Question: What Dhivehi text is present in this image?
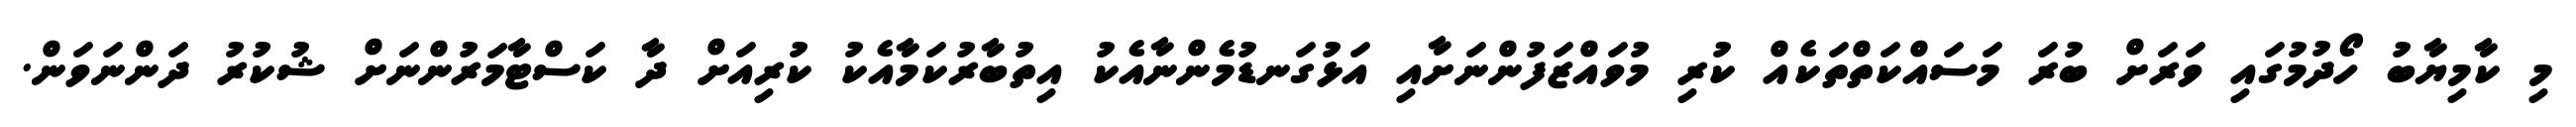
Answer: މި ކާމިޔާބު ހޯދުމުގައި ވަރަށް ބުރަ މަސައްކަތްތަކެއް ކުރި މުވައްޒަފުންނަށާއި އަޅުގަނޑުމެންނާއެކު އިތުބާރުކަމާއެކު ކުރިއަށް ދާ ކަސްޓާމަރުންނަށް ޝުކުރު ދަންނަވަން.